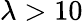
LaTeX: \lambda>10